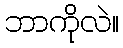
ဘာကိုလဲ။